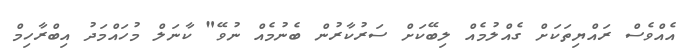
އެއްވެސް ރައްޔިތަކަށް ގެއްލުމެއް ލިބޭކަށް ސަރުކާރުން ބެނުމެއް ނުވޭ" ކާނަލް މުހައްމަދު އިބްރާހިމް